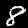
Digit: 8